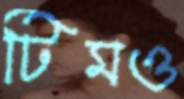
টিমও